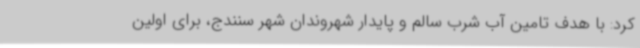
کرد: با هدف تامین آب شرب سالم و پایدار شهروندان شهر سنندج، برای اولین